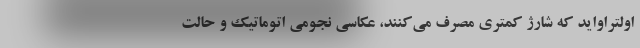
اولتراواید که شارژ کمتری مصرف می‌کنند، عکاسی نجومی اتوماتیک و حالت